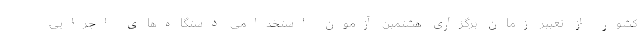
کشور از تغییر زمان برگزاری هشتمین آزمون استخدامی دستگاه‌های اجرایی